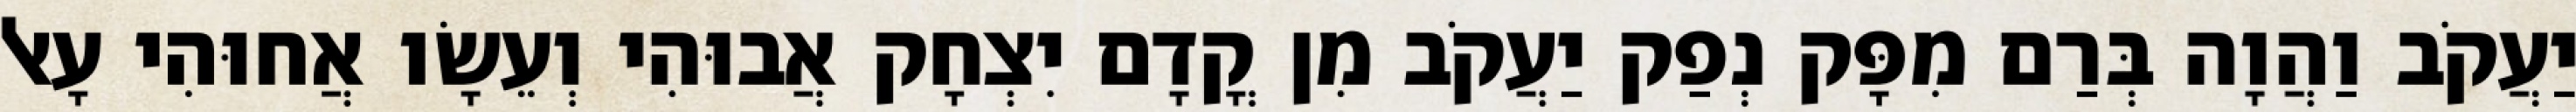
יַעֲקֹב וַהֲוָה בְּרַם מִפָּק נְפַק יַעֲקֹב מִן קֳדָם יִצְחָק אֲבוּהִי וְעֵשָׂו אֲחוּהִי עָאל